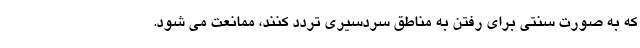
که به صورت سنتی برای رفتن به مناطق سردسیری تردد کنند، ممانعت می شود.